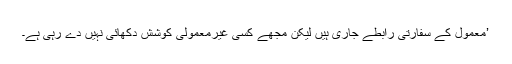
’معمول کے سفارتی رابطے جاری ہیں لیکن مجھے کسی غیرمعمولی کوشش دکھائی نہیں دے رہی ہے۔